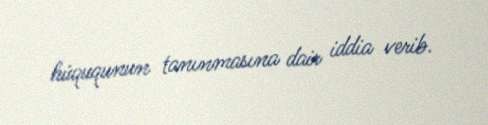
hüququnun tanınmasına dair iddia verib.